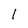
Character: 1